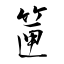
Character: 筪